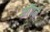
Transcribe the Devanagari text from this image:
माॅगने